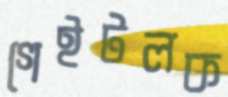
গেইটলক